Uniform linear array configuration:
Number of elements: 8
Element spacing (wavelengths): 0.25
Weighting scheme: uniform
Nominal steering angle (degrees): -45
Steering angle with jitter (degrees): -44.299
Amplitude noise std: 0.05
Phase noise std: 0.05

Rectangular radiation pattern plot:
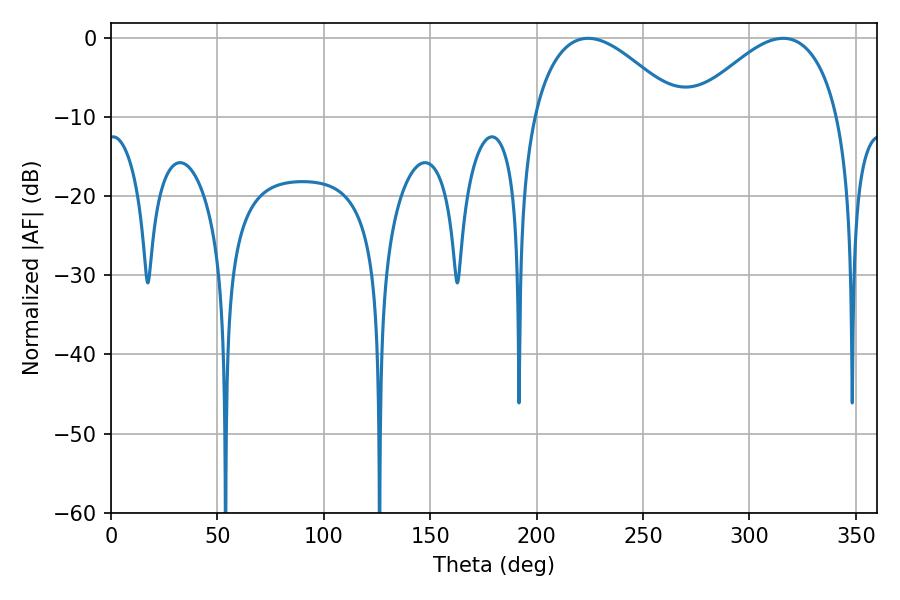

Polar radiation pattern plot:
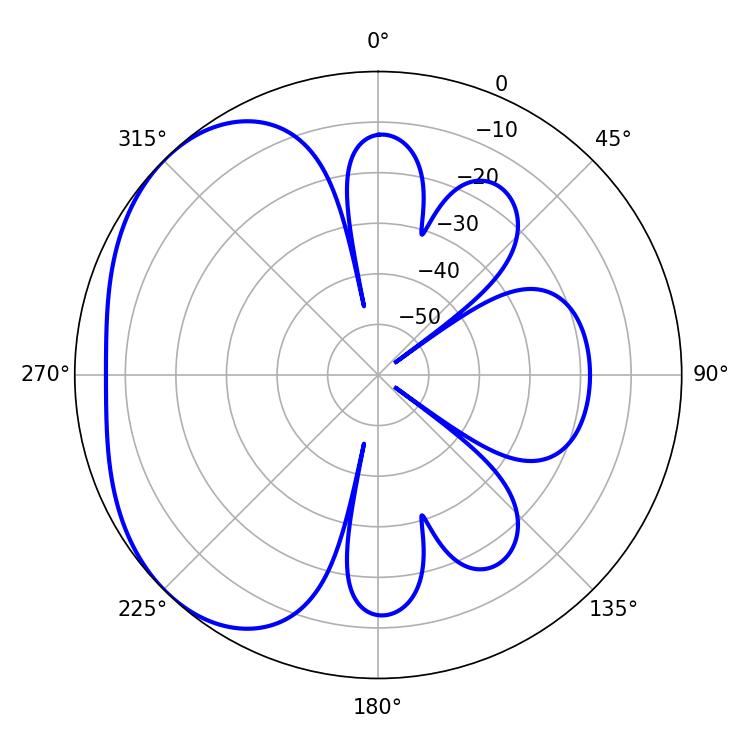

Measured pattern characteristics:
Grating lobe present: FALSE
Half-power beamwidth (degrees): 37.98
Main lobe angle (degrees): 224.1